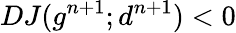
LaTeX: DJ(g^{n+1};d^{n+1})<0